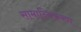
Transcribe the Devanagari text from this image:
सामान्यिकरण